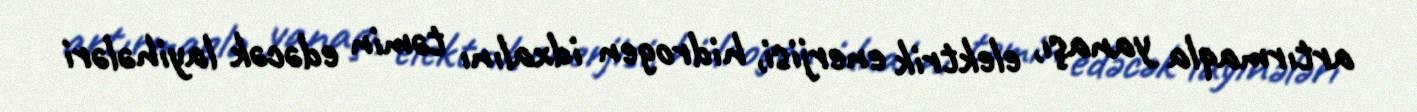
artırmaqla yanaşı, elektrik enerjisi, hidrogen idxalını təmin edəcək layihələri